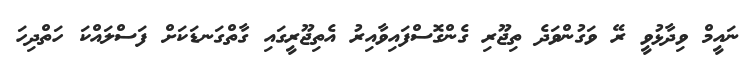
ނައީމް ވިދާޅުވީ ރޭ ވަގުންވަދެ ތިޖޫރި ގެންގޮސްފައިވާއިރު އެތިޖޫރީގައި ގާތްގަނޑަކަށް ފަސްލައްކަ ހަތްދިހަ